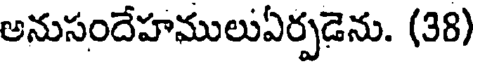
అనుసందేహములుఏర్పడెను. (38)